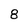
Character: 8